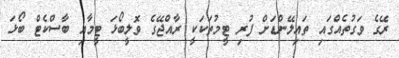
ރޭގެ ވަގުތެއްގައި ތައިލޭންޑަށް ފުރި ޓީމުތަކަކީ ރާއްޖޭގެ ވޮލީބޯޅަ ޓީމާއި ބާސްކެޓް ބޯޅަ